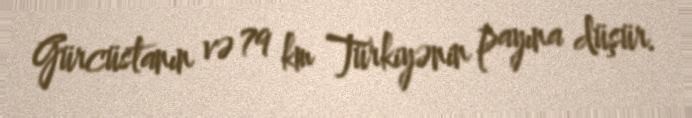
Gürcüstanın və 79 km Türkiyənin payına düşür.